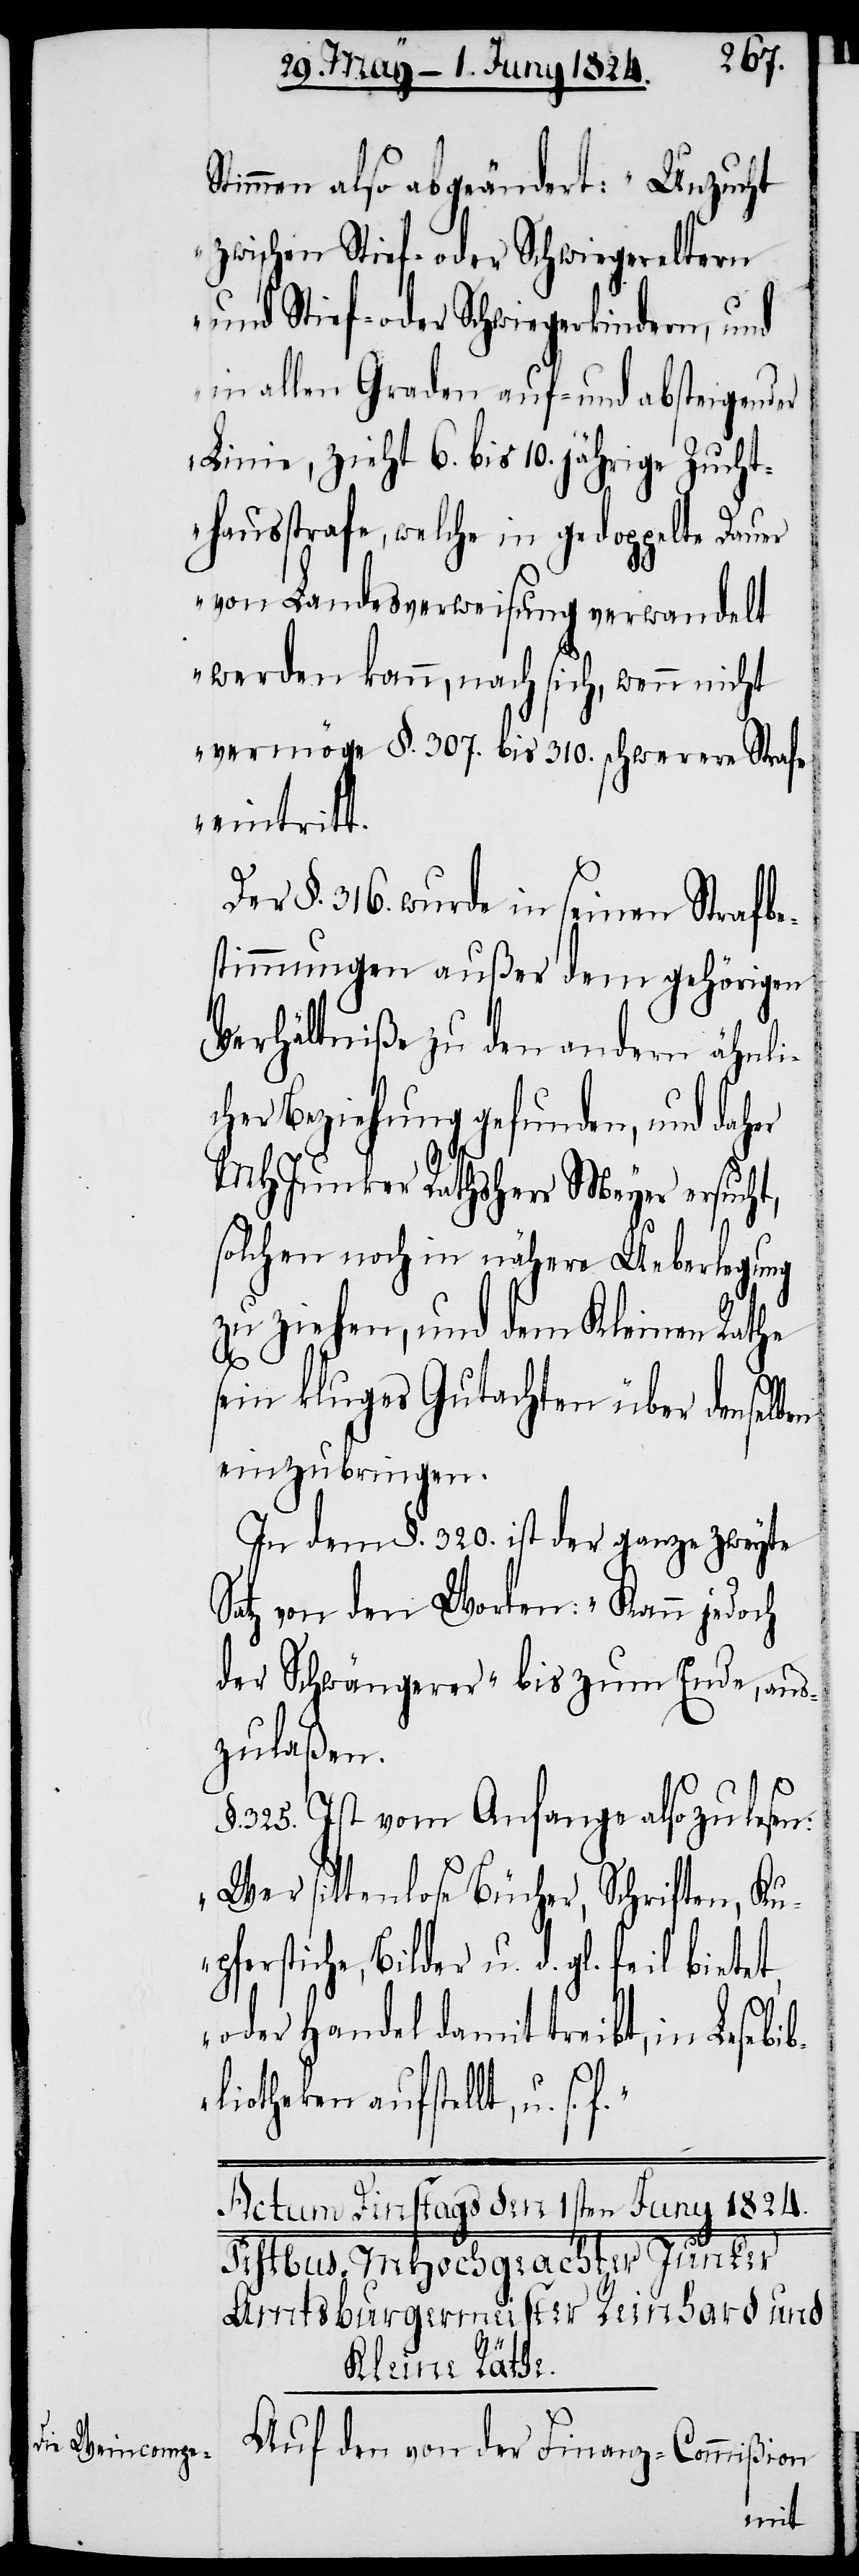
Stimmen also abgeändert: „Unzucht
zwischen Stief oder Schwiegereltern
und Stief- oder Schwiegerkindern, und
in allen Graden auf- und absteigender
Linie, zieht 6. bis 10. jährige Zucht¬
hausstrafe, welche in gedoppelter Dauer
von Landesverweisung verwandelt
werden kann, nach sich, wenn nicht
vermöge §. 307. bis 310. schwerere Strafe
eintritt.“
Der §. 316 wurde in seinen Strafbe¬
stimmungen außer dem gehörigen
Verhältniße zu den andern ähnli¬
cher Beziehung gefunden, und daher
MHJunker Rathsherr Meyer ersucht,
solchen noch in nähere Ueberlegung
zu ziehen, und dem Kleinen Rathe
sein kluges Gutachten über denselben
einzubringen.
In dem §. 320. ist der ganze zweyte
Satz von den Worten: „Kann jedoch
der Schwängerer“ bis zum Ende, aus¬
zulaßen.
§. 325. Ist vom Anfange also zu lesen:
„Wer sittenlose Bücher, Schriften, Ku¬
pferstiche, Bilder u. d. gl. feil
oder Handel damit treibt, in Lesebib¬
liotheken aufstellt, u. s.
Auf den von der Finanz-Commißion